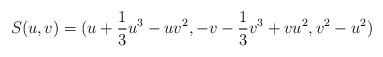
LaTeX: \begin{align*}S(u,v)=(u+\frac{1}{3}u^3-u v^2, -v-\frac{1}{3}v^3+v u^2, v^2-u^2)\end{align*}